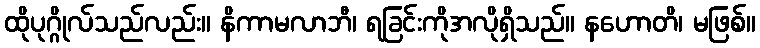
ထိုပုဂ္ဂိုလ်သည်လည်း။ နိကာမလာဘီ၊ ရခြင်းကိုအလိုရှိသည်။ နဟောတိ၊ မဖြစ်။